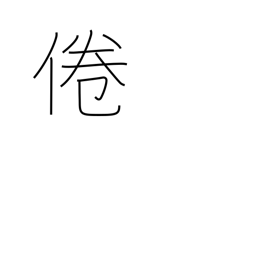
Meaning: lose interest in